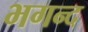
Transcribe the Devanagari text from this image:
भगन्द